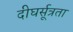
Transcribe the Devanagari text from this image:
दीघर्सूत्रता